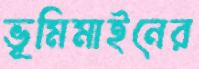
ভূমিমাইনের